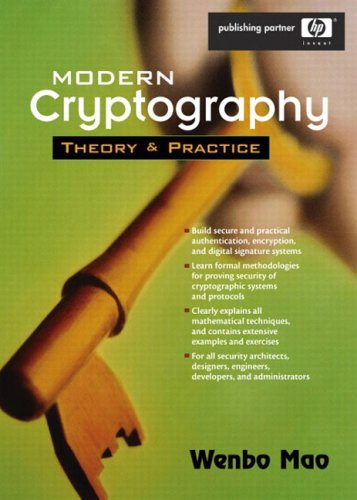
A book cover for Modern Cryptography: Theory and Practice; Wenbo Mao; Computers & Technology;